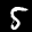
Label: 5